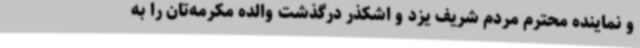
و نماینده محترم مردم شریف یزد و اشکذر درگذشت والده مکرمه‌تان را به